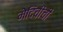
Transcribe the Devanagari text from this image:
मेदिचीची